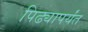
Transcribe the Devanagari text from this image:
पिढ्यापर्यंत